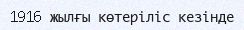
1916 жылғы көтеріліс кезінде